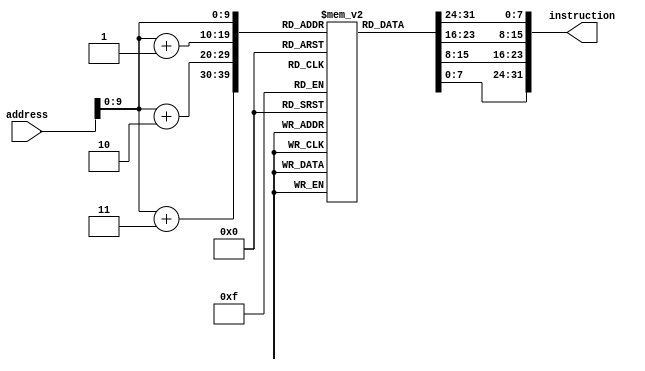
`timescale 1ns / 1ps

module instruction_memory (
    input [31:0] address,
    output [31:0] instruction);
    
    reg [7:0] memory[1023:0];
    
    assign instruction = {memory[address], memory[address + 1], memory[address + 2], memory[address + 3]};
	         
endmodule